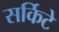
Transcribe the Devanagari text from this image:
सर्किटे